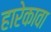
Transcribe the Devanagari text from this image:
हारेकावा